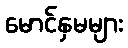
မောင်နှမများ